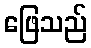
ဖြေသည်